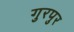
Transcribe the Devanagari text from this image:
गुरपुर